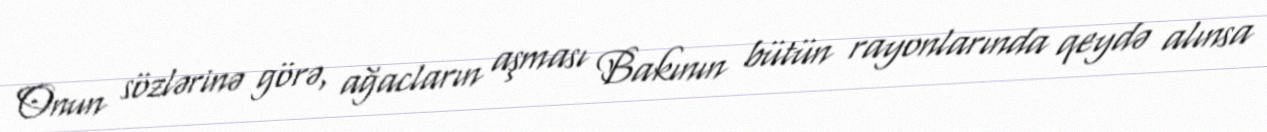
Onun sözlərinə görə, ağacların aşması Bakının bütün rayonlarında qeydə alınsa